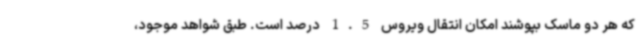
که هر دو ماسک بپوشند امکان انتقال ویروس 1.5 درصد است. طبق شواهد موجود،